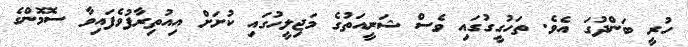
ހުރީ ބަންދުގަ އެވެ. ތަހުގީގުގައި ވެސް ޝަރީއަތުގެ މަޖިލީހުގައި ކުށަށް އިއުތިރާފުވެފައިވާ ސޮމޮންގެ